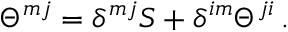
\Theta ^ { m j } = \delta ^ { m j } S + \delta ^ { i m } \Theta ^ { j i } \, .